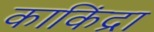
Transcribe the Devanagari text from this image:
काकिंद्रा